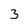
Character: 3